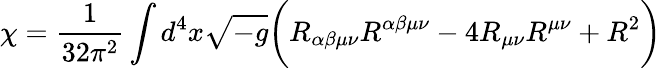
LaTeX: \chi=\frac{1}{32\pi^{2}}\int d^{4}x\sqrt{-g}\biggl(R_{\alpha\beta\mu\nu}R^{\alpha\beta\mu\nu}-4R_{\mu\nu}R^{\mu\nu}+R^{2}\biggr)